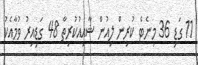
11 ގަޑި 36 މިނެޓް ކުރިން ލިއުން ޝާއިއުކުރިތާ 48 ގަޑިއިރު ވުމާއެކު